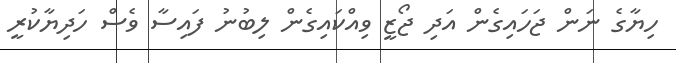
ހިޔާގެ ނަން ޖަހައިގެން އަދި ޖޯޒީ ވިއްކައިގެން ލިބުނު ފައިސާ ވެސް ހަދިޔާކުރީ